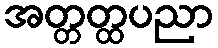
အတ္တတ္ထပညာ